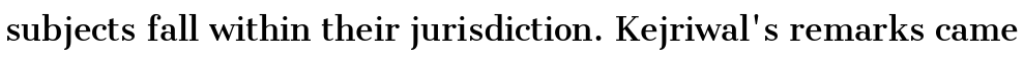
subjects fall within their jurisdiction. Kejriwal's remarks came